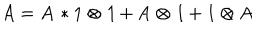
LaTeX: A = \mathbf { A } * \mathrm { 1 } \otimes \mathit { 1 } + \mathrm { A } \otimes \mathit { 1 } + \mathrm { 1 } \otimes \mathit { A }